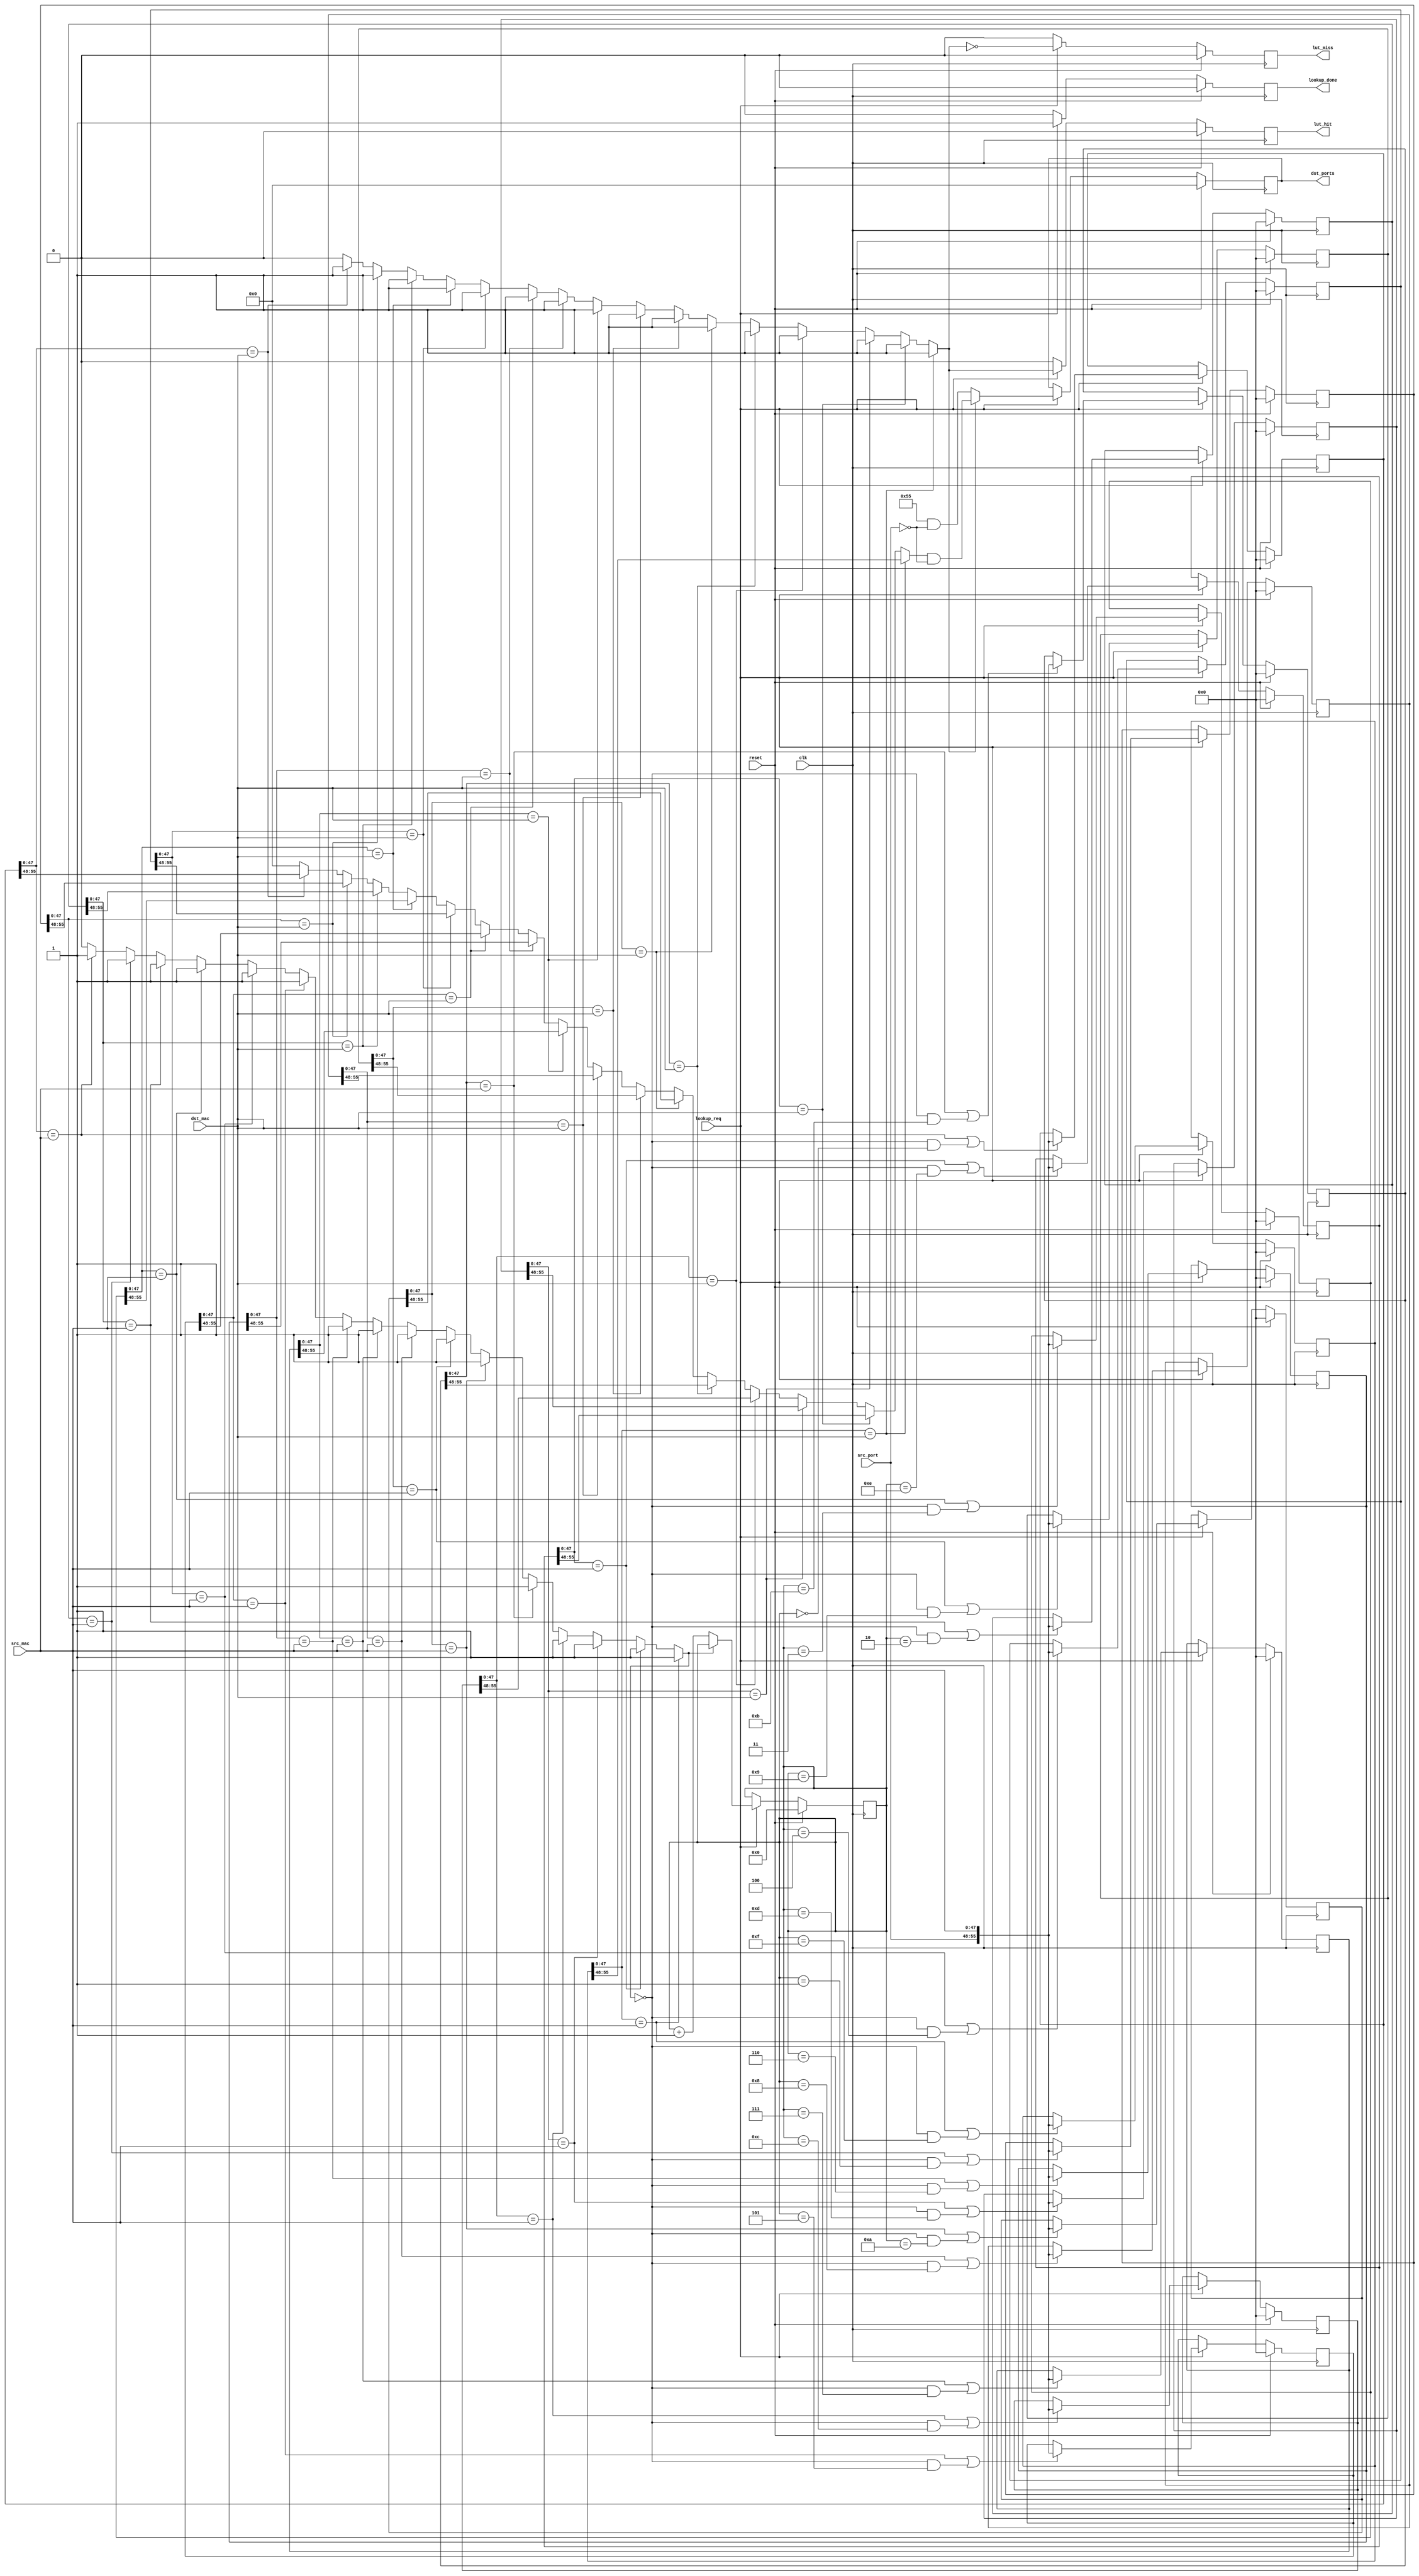
/*******************************************************************************
 *
 *  NetFPGA-10G http://www.netfpga.org
 *
 *  File:
 *        mac_cam_lut.v
 *
 *  Library:
 *        /hw/contrib/pcores/nf10_switch_output_port_lookup_v1_10_a
 *
 *  Module:
 *        mac_cam_lut
 *
 *  Author:
 *        Muhammad Shahbaz
 *
 *  Description:
 *        learning CAM switch core functionality
 *
 *  Copyright notice:
 *        Copyright (C) 2010, 2011 The Board of Trustees of The Leland Stanford
 *                                 Junior University
 *
 *  Licence:
 *        This file is part of the NetFPGA 10G development base package.
 *
 *        This file is free code: you can redistribute it and/or modify it under
 *        the terms of the GNU Lesser General Public License version 2.1 as
 *        published by the Free Software Foundation.
 *
 *        This package is distributed in the hope that it will be useful, but
 *        WITHOUT ANY WARRANTY; without even the implied warranty of
 *        MERCHANTABILITY or FITNESS FOR A PARTICULAR PURPOSE.  See the GNU
 *        Lesser General Public License for more details.
 *
 *        You should have received a copy of the GNU Lesser General Public
 *        License along with the NetFPGA source package.  If not, see
 *        http://www.gnu.org/licenses/.
 *
 */
 
 `timescale 1ns/1ps
 
 module mac_cam_lut
 #(
   parameter NUM_OUTPUT_QUEUES = 8,
   parameter LUT_DEPTH_BITS    = 4,
   parameter LUT_DEPTH         = 2**LUT_DEPTH_BITS,
   parameter DEFAULT_MISS_OUTPUT_PORTS = 8'h55     // only send to the MAC txfifos not the cpu
 )
 (
   // --- core functionality signals
   input  [47:0]                       dst_mac,
   input  [47:0]                       src_mac,
   input  [NUM_OUTPUT_QUEUES-1:0]      src_port,
   input                               lookup_req,
   output reg [NUM_OUTPUT_QUEUES-1:0]  dst_ports,
   
   // --- lookup done signal
   output reg                          lookup_done,   // pulses high on lookup done
   output reg                          lut_miss,
   output reg                          lut_hit,
   
   // --- Misc
   input                               clk,
   input                               reset
 );
 
  function integer log2;
    input integer number;
    begin
      log2=0;
      while(2**log2<number) begin
      log2=log2+1;
      end
    end
  endfunction // log2
 
  //--------------------- Internal Parameter-------------------------
 
  //---------------------- Wires and regs----------------------------
  
  genvar i;
  //integer j;
   
  reg [NUM_OUTPUT_QUEUES+48-1:0]    lut [0:LUT_DEPTH-1];
  reg [LUT_DEPTH_BITS-1:0]		    lut_wr_addr;
  
  //------------------------- Logic --------------------------------
  
  generate
    // LUT Lookup
    for (i=0; i<LUT_DEPTH; i=i+1)
	begin: LUT_LOOKUP
	  wire [NUM_OUTPUT_QUEUES-1:0]    rd_oq;
      wire                            hit;
  
	  if (i == 0) begin: _0
	    assign LUT_LOOKUP[i].rd_oq = (lut[i][47:0] == dst_mac) ? lut[i][NUM_OUTPUT_QUEUES+48-1:48] 
		                                                       : {(NUM_OUTPUT_QUEUES){1'b0}};
		assign LUT_LOOKUP[i].hit   = (lut[i][47:0] == dst_mac) ? 1                                 
		                                                       : 0;
      end
	  else begin: _N
	    assign LUT_LOOKUP[i].rd_oq = (lut[i][47:0] == dst_mac) ? lut[i][NUM_OUTPUT_QUEUES+48-1:48] 
		                                                       : LUT_LOOKUP[i-1].rd_oq;
		assign LUT_LOOKUP[i].hit   = (lut[i][47:0] == dst_mac) ? 1                                 
		                                                       : LUT_LOOKUP[i-1].hit;
	  end
	end
	
	// LUT Learn
	for (i=0; i<LUT_DEPTH; i=i+1)
	begin: LUT_LEARN
	  wire                           hit;
	  
	  if (i == 0) begin: _0
		assign LUT_LEARN[i].hit     = (lut[i][47:0] == src_mac) ? 1      
		                                                        : 0;
      end
	  else begin: _N
		assign LUT_LEARN[i].hit     = (lut[i][47:0] == src_mac) ? 1      
		                                                        : LUT_LEARN[i-1].hit;
	  end
	  
	  always @ (posedge clk) begin: _A
	    if (reset)
		  lut[i] <= {(NUM_OUTPUT_QUEUES+48-1){1'b0}};
		else if (lookup_req) begin
		  if ((lut[i][47:0] == src_mac) ||                         // if src_mac         matches in the LUT
		      (~LUT_LEARN[LUT_DEPTH-1].hit && (lut_wr_addr == i))) // if src_mac doesn't matches in the LUT 
	        lut[i] <= {src_port, src_mac};
		end
	  end
	end
  endgenerate
  
  always @ (posedge clk) begin
    if(reset) begin
      lut_hit  <= 0;
	  lut_miss <= 0;
	  
	  lookup_done <= 0;
	  dst_ports   <= {NUM_OUTPUT_QUEUES{1'b0}};
	  
	  lut_wr_addr <= {LUT_DEPTH_BITS{1'b0}};
	end
	else begin
	  lut_hit     <= 0;
	  lut_miss    <= 0;
	  lookup_done <= 0;
	  
	  if (lookup_req) begin
	    lut_hit  <= LUT_LOOKUP[LUT_DEPTH-1].hit;
		lut_miss <= ~LUT_LOOKUP[LUT_DEPTH-1].hit;
		
	    /* if we get a miss then set the dst port to the default ports
         * without the source */
        dst_ports <= (LUT_LOOKUP[LUT_DEPTH-1].hit) ? (LUT_LOOKUP[LUT_DEPTH-1].rd_oq & ~src_port)
                                                   : (DEFAULT_MISS_OUTPUT_PORTS     & ~src_port);
	    lookup_done <= 1;
		
		if (~LUT_LEARN[LUT_DEPTH-1].hit)
		  lut_wr_addr <= lut_wr_addr + 1;
	  end
	end
  end
  
endmodule